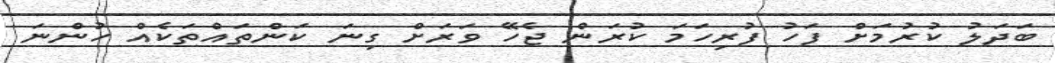
ބަދަލު ކުރުމަށް ފަހު ފުރިހަމަ ކުރަން ޖެހޭ ވަރަށް ގިނަ ކަންތަައްތަކެއް ހުންނަ